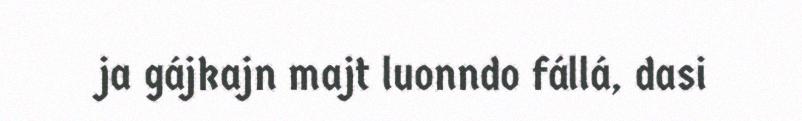
ja gájkajn majt luonndo fállá, dasi